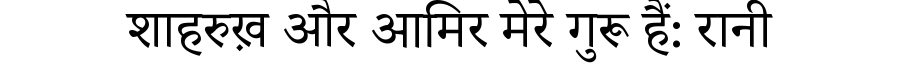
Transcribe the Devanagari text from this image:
शाहरुख़ और आमिर मेरे गुरू हैं: रानी